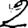
Digit: 2